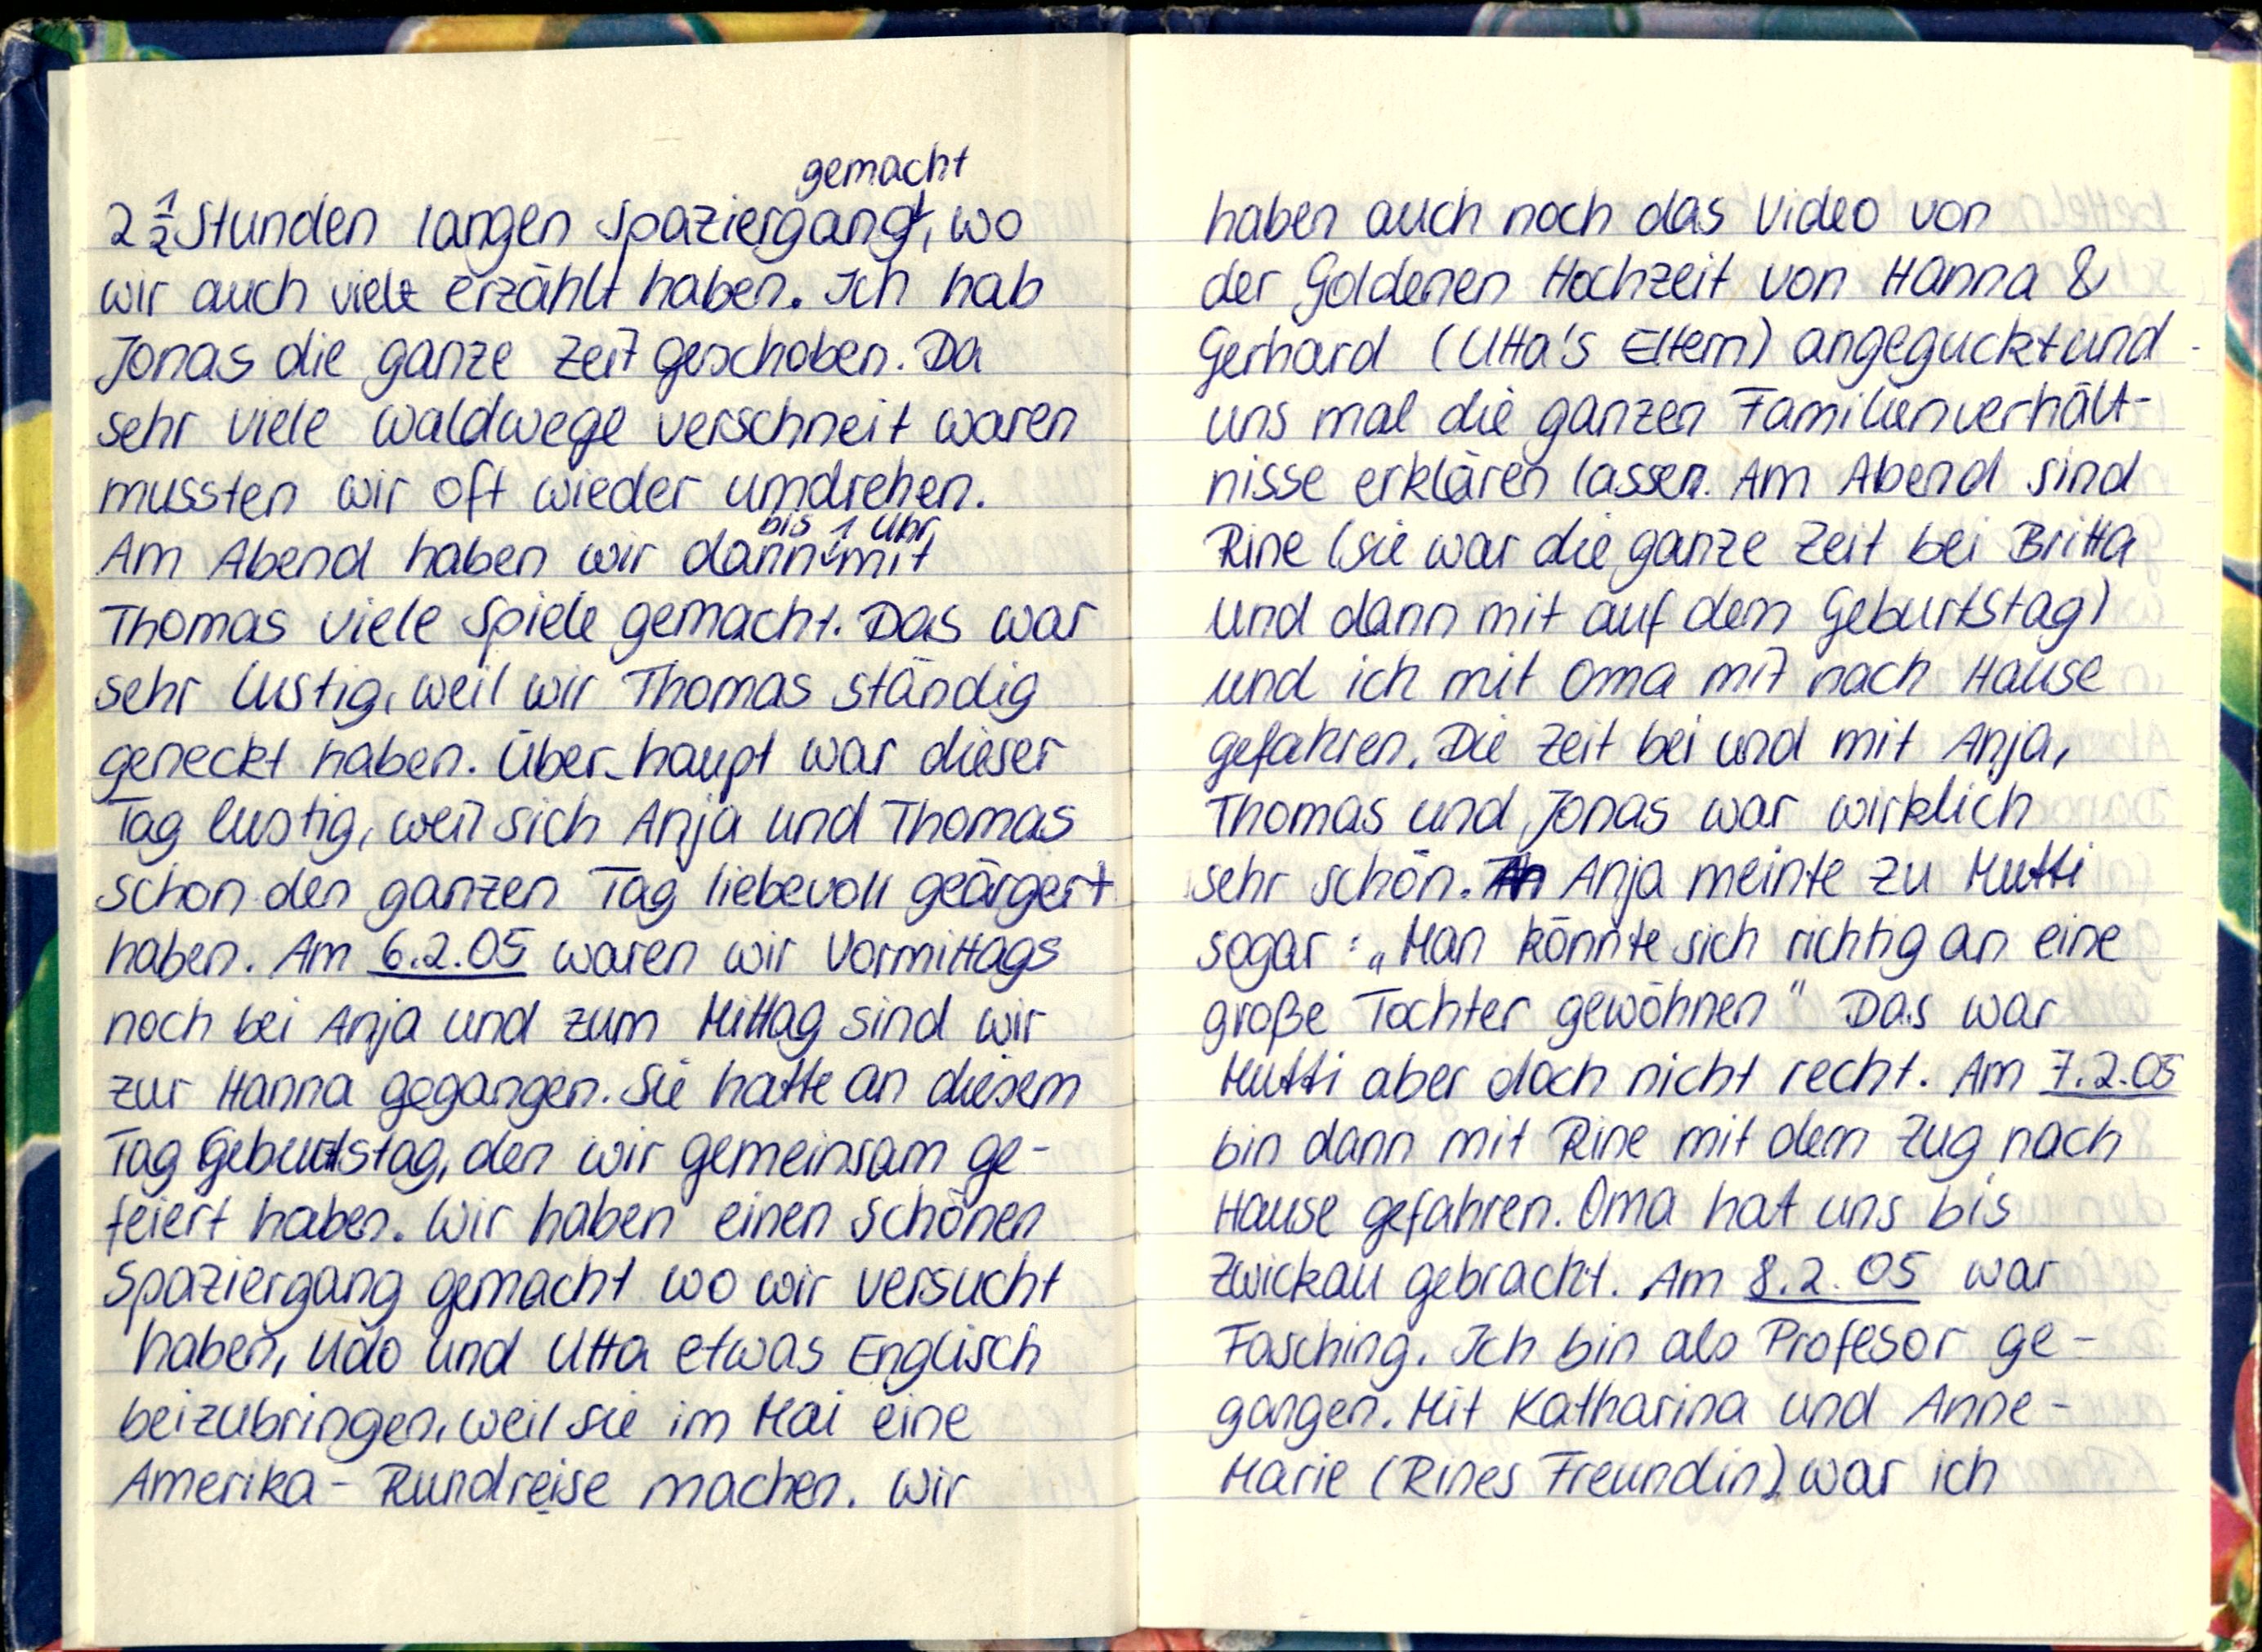
gemacht
2½ Stunden langen Spaziergang, wo
wir auch viele erzählt haben. Ich hab
Jonas die ganze Zeit geschoben. Da
sehr viele Waldwege verschneit waren
mussten wir oft wieder umdrehen.
bis 1 Uhr
Am Abend haben wir dann mit
Thomas viele Spiele gemacht. Das war
sehr lustig, weil wir Thomas ständig
geneckt haben. Über haupt war dieser
Tag lustig, weil sich Anja und Thomas
schon den ganzen Tag liebevoll geärgert
haben. Am 6.2.05 waren wir Vormittags
noch bei Anja und zum Mittag sind wir
zur Hanna gegangen. Sie hatte an diesem
Tag Geburtstag, den wir gemeinsam ge-
feiert haben. Wir haben einen schönen
Spaziergang gemacht wo wir versucht
haben, Udo und Utta etwas Englisch
beizubringen, weil sie im Mai eine
Amerika - Rundreise machen. Wir

haben auch noch das Video von
der Goldenen Hochzeit von Hanna &
Gerhard (Utta's Eltern) angeguckt und
uns mal die ganzen Familienverhält-
nisse erklären lassen. Am Abend sind
Rine (sie war die ganze Zeit bei Britta
und dann mit auf dem Geburtstag)
und ich mit Oma mit nach Hause
gefahren. Die Zeit bei und mit Anja,
Thomas und Jonas war wirklich
sehr schön. Anja meinte zu Mutti
sogar: „Man könnte sich richtig an eine
große Tochter gewöhnen" Das war
Mutti aber doch nicht recht. Am 7.2.05
bin dann mit Rine mit dem Zug nach
Hause gefahren. Oma hat uns bis
Zwickau gebracht. Am 8.2.05 war
Fasching. Ich bin als Profesor ge-
gangen. Mit Katharina und Anne-
Marie (Rines Freundin) war ich